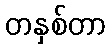
တနှစ်တာ